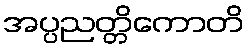
အပ္ပညတ္တိကောတိ